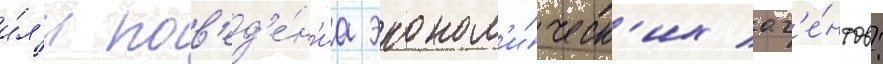
и́л'и пов'ед'е́н'иа эконом'и́ческ'их аг'е́нтов: